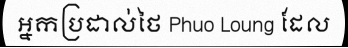
អ្នកប្រដាល់ថៃ Phuo Loung ដែល